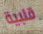
قلبية